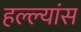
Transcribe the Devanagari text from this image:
हल्ल्यांस